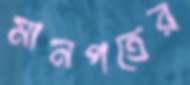
মানপত্রের